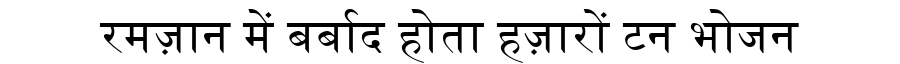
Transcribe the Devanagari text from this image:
रमज़ान में बर्बाद होता हज़ारों टन भोजन